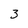
Character: 3